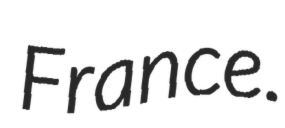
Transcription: France.